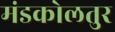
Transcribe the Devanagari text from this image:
मंडकोलतुर